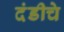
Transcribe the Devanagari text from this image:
दंडीचे